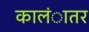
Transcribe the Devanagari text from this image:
कालंातर